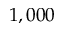
1 , 0 0 0